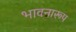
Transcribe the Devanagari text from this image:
भावनारूप